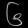
Digit: ၆